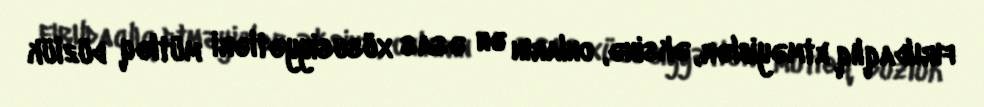
fırıldaqlıq etməyiblər, əksinə, onların ən əsas xüsusiyyətləri mütləq düzlük